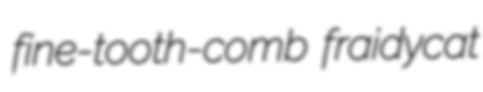
fine-tooth-comb fraidycat